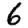
Digit: 6